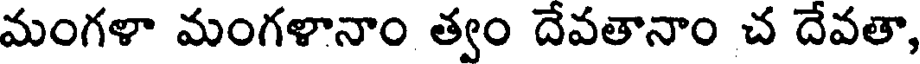
మంగళా మంగళానాం త్వం దేవతానాం చ దేవతా,